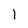
Character: 1